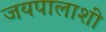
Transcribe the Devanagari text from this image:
जयपालाशी